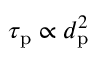
\tau _ { \mathrm { p } } \propto d _ { \mathrm { p } } ^ { 2 }